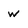
Character: W